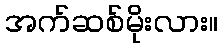
အက်ဆစ်မိုးလား။